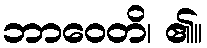
ဘာဝေတိ၊ ၏။